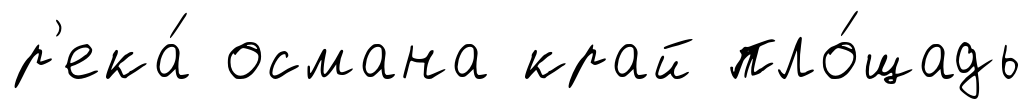
р'ека́ османа край пло́щадь